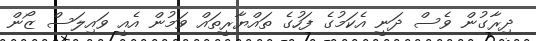
ދިރާގުން ވެސް ދަނީ އެކަމުގެ ފަހުގެ ތައްޔާރީތައް ވަމުން އެއީ ވައިލަސް ޒޯން